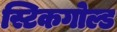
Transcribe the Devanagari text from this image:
स्टिकगोल्ड